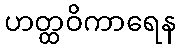
ဟတ္ထဝိကာရေန